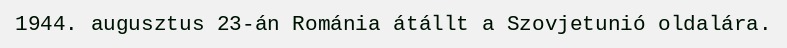
1944. augusztus 23-án Románia átállt a Szovjetunió oldalára.